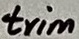
Text: trim